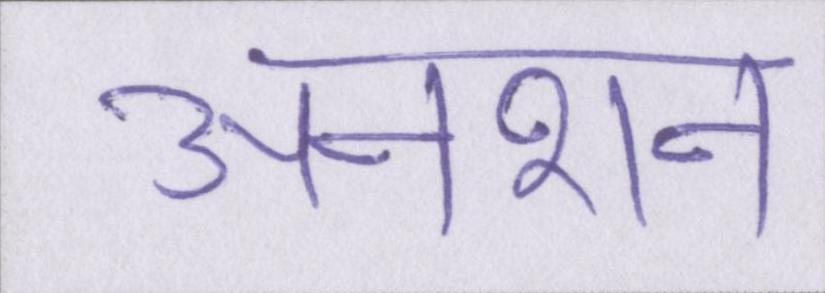
अनशन